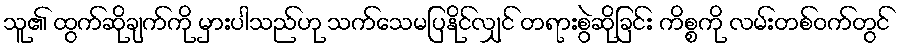
သူ၏ ထွက်ဆိုချက်ကို မှားပါသည်ဟု သက်သေမပြနိုင်လျှင် တရားစွဲဆိုခြင်း ကိစ္စကို လမ်းတစ်ဝက်တွင်